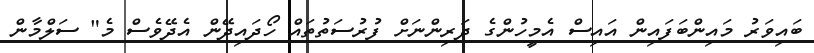
ބައިވަރު މައިންބަފައިން އައިސް އެމީހުންގެ ދަރިންނަށް ފުރުސަތުތައް ހޯދައިދޭން އެދޭވެސް މެ" ސަލްމާން